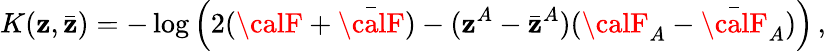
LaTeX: K(\mathbf{z},\bar{{\mathbf{z}}})=-\log\Big(2({\calF}+\bar{{\calF}})-(\mathbf{z}^{A}-\bar{{\mathbf{z}}}^{A})({\calF}_{A}-\bar{{\calF}}_{A})\Big)\, ,